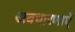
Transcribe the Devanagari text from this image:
अवधारणाएॅ